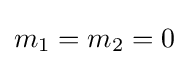
m_{1}=m_{2}=0